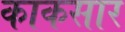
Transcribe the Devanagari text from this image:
काकसार